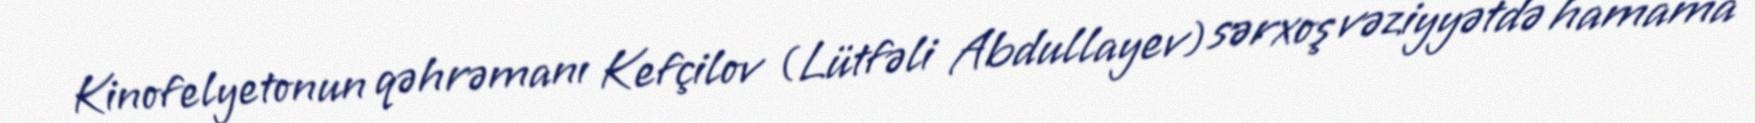
Kinofelyetonun qəhrəmanı Kefçilov (Lütfəli Abdullayev) sərxoş vəziyyətdə hamama